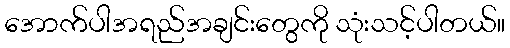
အောက်ပါအရည်အချင်းတွေကို သုံးသင့်ပါတယ်။